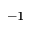
^ { - 1 }